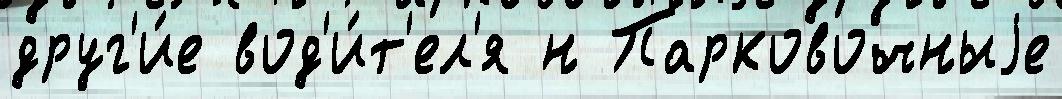
друг'и́е вод'и́т'ел'я н Парковочныjе